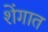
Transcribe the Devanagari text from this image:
शेंगात